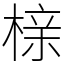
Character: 榇